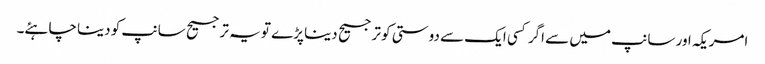
امریکہ اور سانپ میں سے اگر کسی ایک سے دوستی کو ترجیح دینا پڑے تو یہ ترجیح سانپ کو دینا چاہئے۔